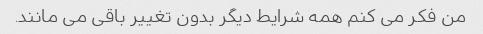
من فکر می کنم همه شرایط دیگر بدون تغییر باقی می مانند.